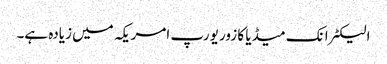
الیکٹرانک میڈیا کا زور یورپ امریکہ میں زیادہ ہے۔